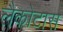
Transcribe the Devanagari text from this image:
लैकोटास